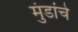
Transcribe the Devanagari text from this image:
मुंडांचे